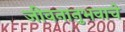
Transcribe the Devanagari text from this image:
जीवनानुभवाचे